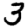
Digit: 3